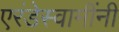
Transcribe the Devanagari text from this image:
एरंडेस्वामींनी